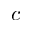
c